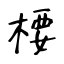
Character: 楆